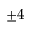
\pm 4